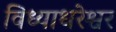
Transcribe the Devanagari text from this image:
विध्याधरेश्वर